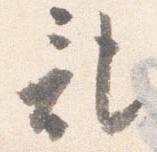
記